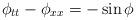
LaTeX: \begin{align*}\phi_{tt}-\phi_{xx}=-\sin\phi\end{align*}